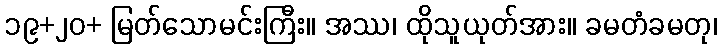
၁၉+၂၀+ မြတ်သောမင်းကြီး။ အဿ၊ ထိုသူယုတ်အား။ ခမတံခမတု၊